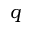
q